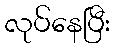
လုပ်နေပြီး